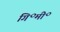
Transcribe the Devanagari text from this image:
गि॰मी॰